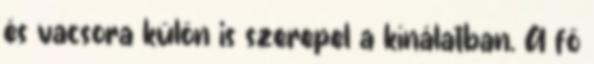
és vacsora külön is szerepel a kínálatban. A fő